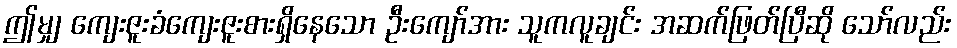
ဤမျှ ကျေးဇူးခံကျေးဇူးစားရှိနေသော ဦးကျော်အား သူကလူချင်း အဆက်ဖြတ်ပြီဆို သော်လည်း